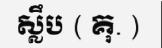
ស្លឹប ( គុ. )